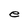
Character: e